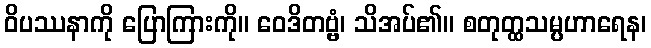
ဝိပဿနာကို ပြောကြားကို။ ဝေဒိတဗ္ဗံ၊ သိအပ်၏။ စတုတ္ထသမ္ပဟာရေန၊